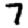
Digit: 7